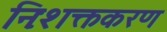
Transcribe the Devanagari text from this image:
निःशक्तकरण